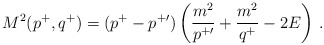
\begin{align*}M^2(p^+,q^+) = (p^+-p^{+\prime})\left({m^2\over p^{+\prime}}+{m^2\over q^+}-2E\right) \,.\end{align*}